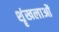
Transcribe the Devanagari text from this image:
शॄंखलाओं